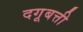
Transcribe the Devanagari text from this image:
दगूबत्ती